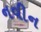
નવીન